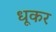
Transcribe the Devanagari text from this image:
धूकर